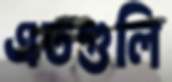
এতগুলি